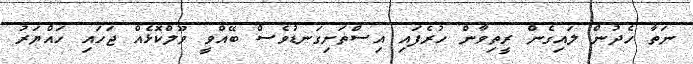
ނަތާ ހެދުން ލައިގެން ރީތިވާން ހުރެފައި އިސްތަށިގަނޑުވެސް ބޭއްވީ ވޫލްކޮޅެއް ޖަހައި ހައްޔަރު